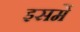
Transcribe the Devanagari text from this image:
इसमेें